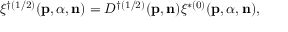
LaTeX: \xi ^ { \dag ( 1 / 2 ) } ( { \bf p } , { \alpha } , { \bf n } ) = D ^ { \dag ( 1 / 2 ) } ( { \bf p } , { \bf n } ) \xi ^ { \ast ( 0 ) } ( { \bf p } , { \alpha } , { \bf n } ) ,